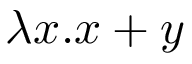
\lambda x . x + y